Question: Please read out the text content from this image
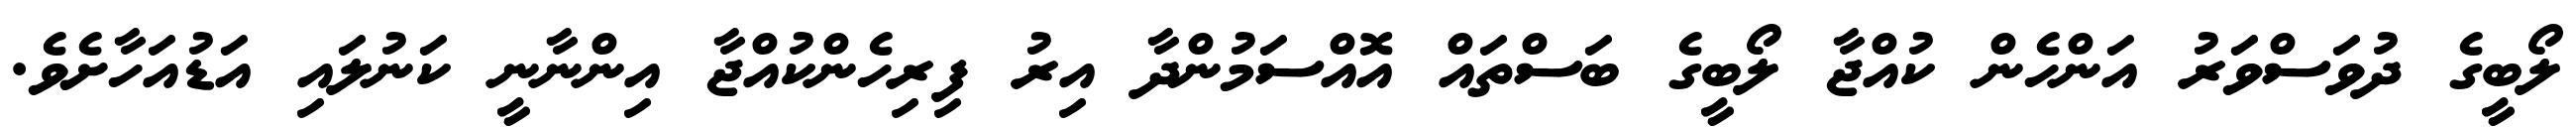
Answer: ލޯބީގެ ދުވަސްވަރު އަންހެން ކުއްޖާ ލޯބީގެ ބަސްތައް އޮއްސަމުންދާ އިރު ފިރިހެންކުއްޖާ އިންނާނީ ކަނުލައި އަޑުއަހާށެވެ.